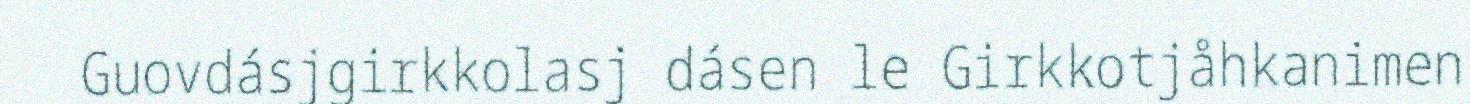
Guovdásjgirkkolasj dásen le Girkkotjåhkanimen